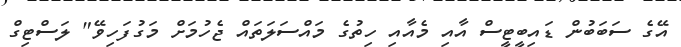
އޭގެ ސަބަބުން ޑައިބީޓީސް އާއި މެއާއި ހިތުގެ މައްސަލަތައް ޖެހުމަށް މަގުފަހިވޭ" ލަސްޓިގް